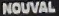
NOUVAL